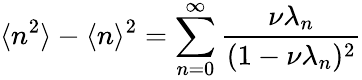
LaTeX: \langle n^{2}\rangle-\langle n\rangle^{2}=\sum_{n=0}^{\infty}\frac{\nu\lambda_{n}}{(1-\nu\lambda_{n})^{2}}